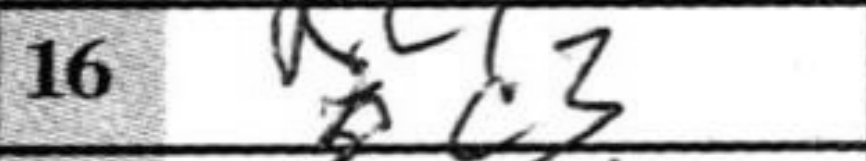
Transcription: c3